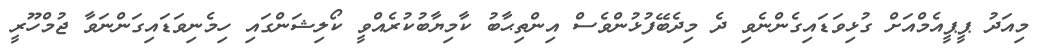
މިއަދު ޕީޕީއެމްއަށް ގުޅިވަޑައިގެންނެވި ދެ މިދެބޭފުޅުންވެސް އިންތިޙާބު ކާމިޔާބުކުރެއްވީ ކޯލިޝަންގައި ހިމެނިވަޑައިގަންނަވާ ޖުމްހޫރީ